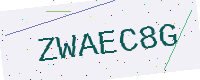
Text: ZWAEC8G